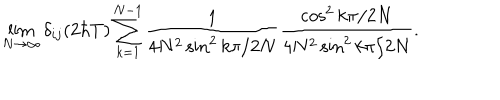
\lim _ { N \rightarrow \infty } \delta _ { i j } ( 2 \hbar T ) \sum _ { k = 1 } ^ { N - 1 } \frac { 1 } { 4 N ^ { 2 } \sin ^ { 2 } k \pi / 2 N } \frac { \cos ^ { 2 } k \pi / 2 N } { 4 N ^ { 2 } \sin ^ { 2 } k \pi / 2 N } .